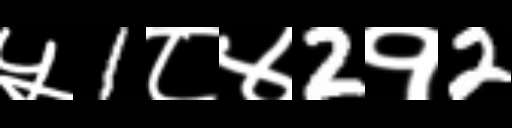
Text: ५1८४2१2